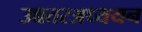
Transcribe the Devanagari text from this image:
उच्चतरअध्ययन